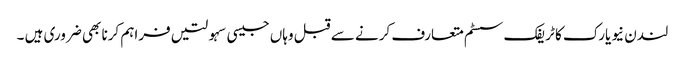
لندن نیویارک کا ٹریفک سسٹم متعارف کرنے سے قبل وہاں جیسی سہولتیں فراہم کرنا بھی ضروری ہیں ۔